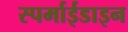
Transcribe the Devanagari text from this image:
स्पर्माईडाइन